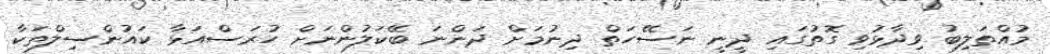
މުއްތަލިބު ވިދާޅުވި ގޮތުގައި ދީނީ ނަސޭހަތް ދިނުމަށް ދަންނަ ބޭކަލުންނަށް ހުރަސްއަޅާ ކައުންސިލްތަކާ